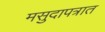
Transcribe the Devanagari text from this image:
मसुदापत्रात